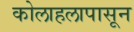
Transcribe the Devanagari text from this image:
कोलाहलापासून